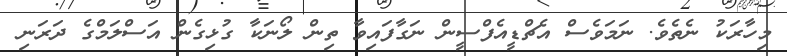
މިހާރަކު ނެތެވެ. ނަމަވެސް އެޗްޑީއެފްސީން ނަގާފައިވާ ތިން ލޯނަކާ ގުޅިގެން އަސްލަމްގެ ދަރަނި